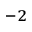
^ { - 2 }